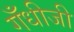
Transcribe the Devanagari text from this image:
गँधीजी